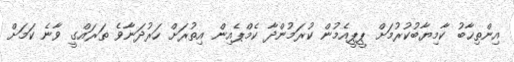
އިންތިޚާބު ކާމިޔާބުކުރުމަށް ޕީޕީއެމުން ކުރަމުންދާ ކެމްޕެއިން އިތުރަށް ހަރުދަނާވެ ތަރައްގީ ވާނެ ކަމަށް